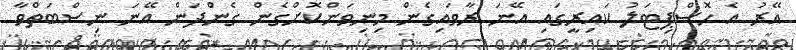
އޭރު އެ ހޮސްޕިޓަލު ކައިރީގައި އޭނަ ރާވައިގެން މިނިވަންކޮށްގެން ގެންދަން އޭނަ ނިސްބަތްވާ